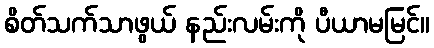
စိတ်သက်သာဖွယ် နည်းလမ်းကို ပီယာမမြင်။